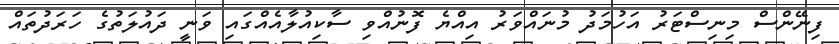
ފިނޭންސް މިިނިސްޓަރު އަހުމަދު މުނައްވަރު އިއްޔެ ފޮނުއްވި ސާކިއުލާއެއްގައި ވަނީ ދައުލަތުގެ ހަރަދުތައް